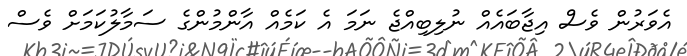
އެވަރުން ވެސް އިޖާބައެއް ނުލިބިއްޖެ ނަމަ އެ ކަމެއް އާންމުންގެ ސަމާލުކަމަށް ވެސް